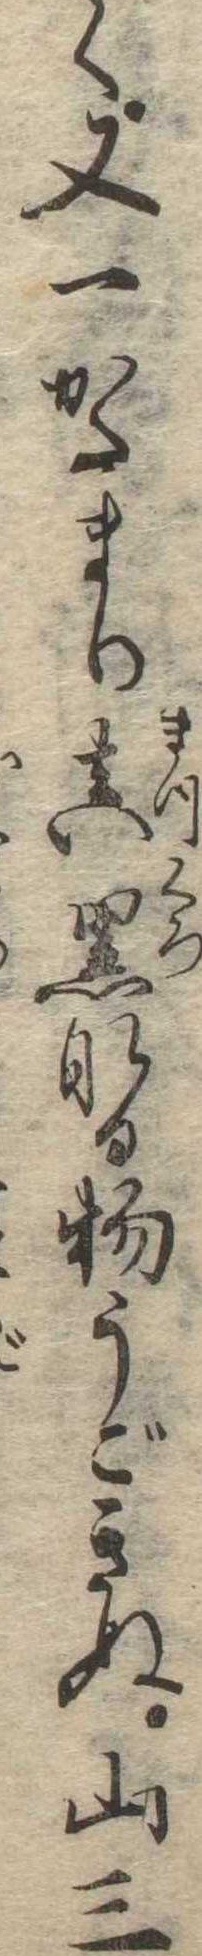
く又一かたまり真黒なる物うごきぬ山三